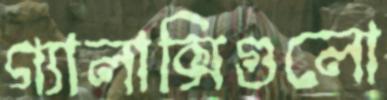
গ্যালাক্সিগুলো